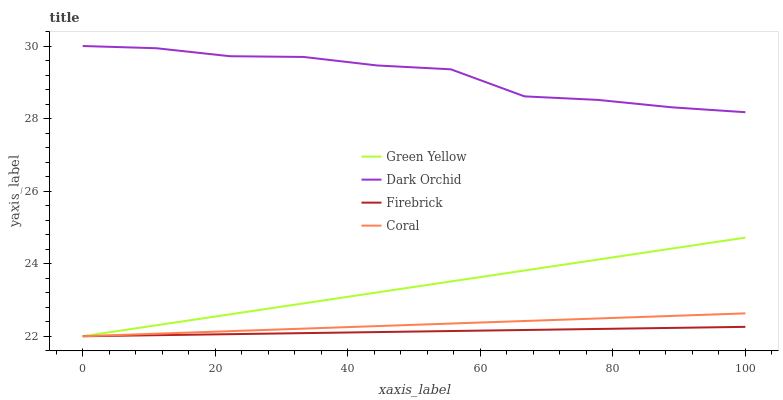
| xaxis_label | Green Yellow | Dark Orchid | Firebrick | Coral |
 | --- | --- | --- | --- | --- |
 | 0 | 22 | 30 | 22 | 22 |
 | 11.1 | 22.3 | 29.9 | 22 | 22.1 |
 | 22.2 | 22.6 | 29.7 | 22.1 | 22.1 |
 | 33.3 | 22.9 | 29.7 | 22.1 | 22.2 |
 | 44.4 | 23.2 | 29.5 | 22.1 | 22.3 |
 | 55.6 | 23.5 | 29.4 | 22.1 | 22.4 |
 | 66.7 | 23.8 | 28.6 | 22.2 | 22.4 |
 | 77.8 | 24.1 | 28.5 | 22.2 | 22.5 |
 | 88.9 | 24.4 | 28.3 | 22.2 | 22.6 |
 | 100 | 24.7 | 28.2 | 22.3 | 22.6 |